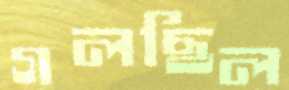
গলছিল